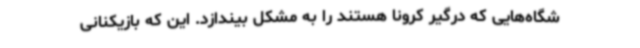
شگاه‌هایی که درگیر کرونا هستند را به مشکل بیندازد. این که بازیکنانی